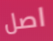
اصل